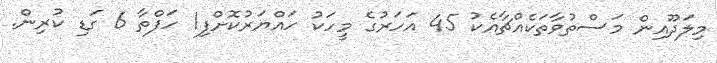
މިލަދޫއިން މަސްތުވާތަކެއްޗާއެކު 45 އަހަރުގެ މީހަކު ހައްޔަރުކޮށްފި1 ހަފްތާ 6 ގަޑި ކުރިން.